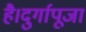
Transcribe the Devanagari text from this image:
है।दुर्गापूजा